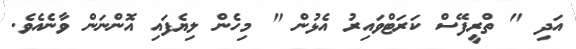
އަދި " ތްރީފޭސް ކަރަޓްވައިރު އެޅުން " މިހެން ލިޔެފައި އޮންނަން ވާނެއެވެ.